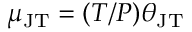
\mu _ { \mathrm { J T } } = ( T / P ) \theta _ { \mathrm { J T } }